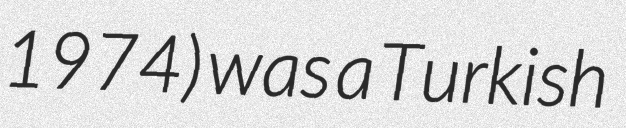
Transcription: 1974) was a Turkish